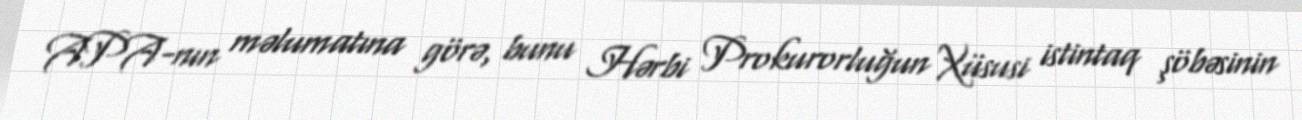
APA-nın məlumatına görə, bunu Hərbi Prokurorluğun Xüsusi istintaq şöbəsinin